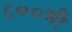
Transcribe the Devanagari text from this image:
८००मी